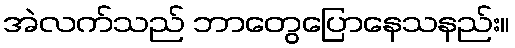
အဲလက်သည် ဘာတွေပြောနေသနည်း။